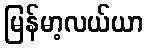
မြန်မာ့လယ်ယာ